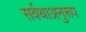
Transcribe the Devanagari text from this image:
सर्वथाअनुरूप